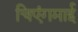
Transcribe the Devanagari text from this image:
चिएंगमाई